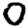
Digit: 0